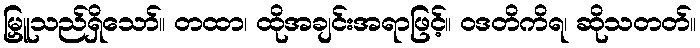
မြှူသည်ရှိသော်။ တထာ၊ ထိုအချင်းအရာဖြင့်။ ဝဒတိကိရ၊ ဆိုသတတ်။